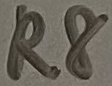
Text: R8